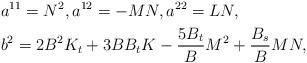
LaTeX: \begin{align*}&a^{11}=N^2,a^{12}=-MN, a^{22}=LN,\\&b^2=2B^2K_t+3BB_tK-\frac{5B_t}{B}M^2+\frac{B_s}{B}MN,\end{align*}